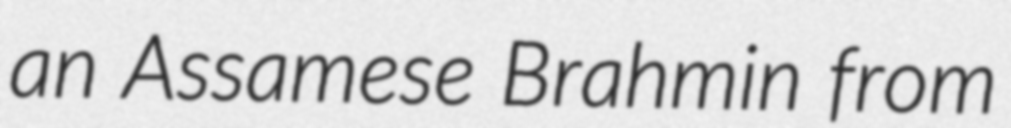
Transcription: an Assamese Brahmin from